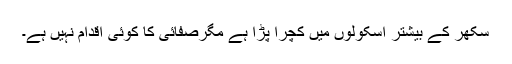
سکھر کے بیشتر اسکولوں میں کچرا پڑا ہے مگرصفائی کا کوئی اقدام نہیں ہے۔